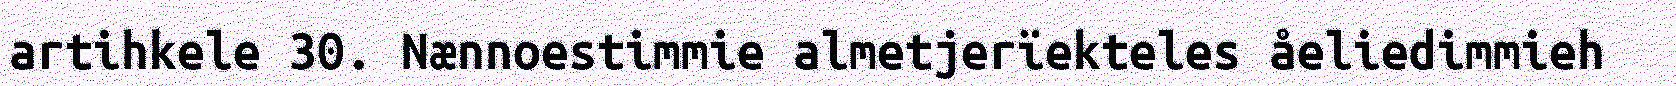
artihkele 30. Nænnoestimmie almetjerïekteles åeliedimmieh